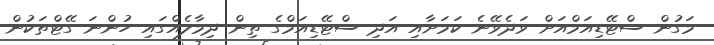
މަގުން ސްޓޭޑިއަމްއަށް ވަދެވޭނެ ކަމަށާއި އަދި ސްޓޭޑިއަމްގެ ތިން ދިމާލެއްގައި ހުންނަ ގޭޓްތަކުން